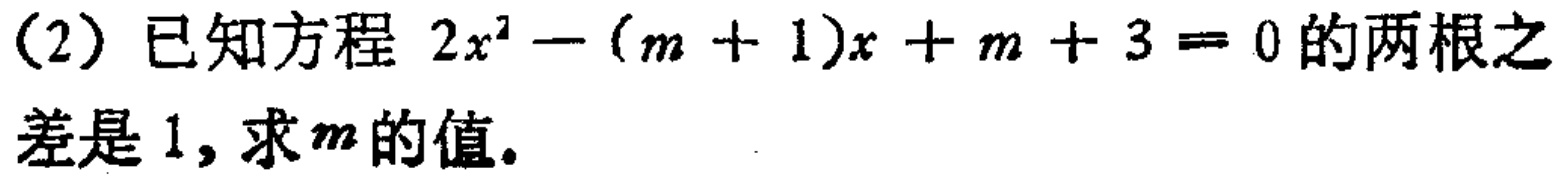
(2) 已知方程 \(2x^{2}-(m + 1)x + m + 3 = 0\) 的两根之差是 \(1\)，求 \(m\) 的值。